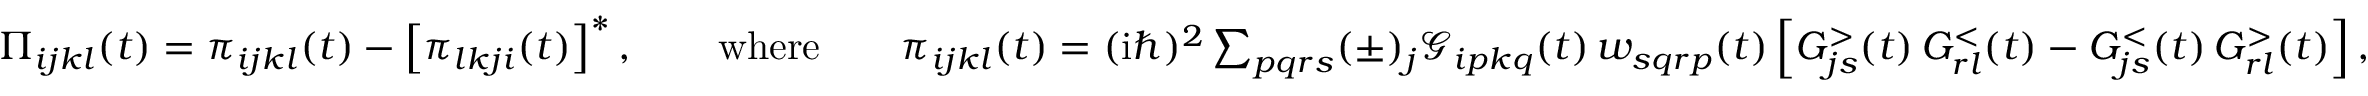
\begin{array} { r } { \Pi _ { i j k l } ( t ) = \pi _ { i j k l } ( t ) - \left[ \pi _ { l k j i } ( t ) \right] ^ { * } , \qquad \mathrm { w h e r e } \qquad \pi _ { i j k l } ( t ) = ( \mathrm { i } \hbar ) ^ { 2 } \sum _ { p q r s } ( \pm ) _ { j } \mathcal { G } _ { i p k q } ( t ) \, w _ { s q r p } ( t ) \left[ G _ { j s } ^ { > } ( t ) \, G _ { r l } ^ { < } ( t ) - G _ { j s } ^ { < } ( t ) \, G _ { r l } ^ { > } ( t ) \right] , } \end{array}